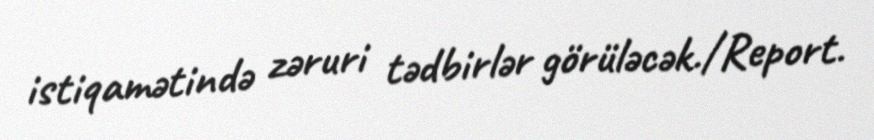
istiqamətində zəruri tədbirlər görüləcək./Report.